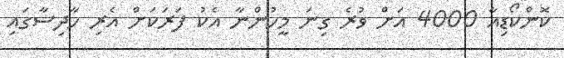
ކޮންކޯޑިއާ 4000 އަށް ވުރެ ގިނަ މީހުންނާ އެކު ފަރަކަށް އެރި ހާދިސާގައި